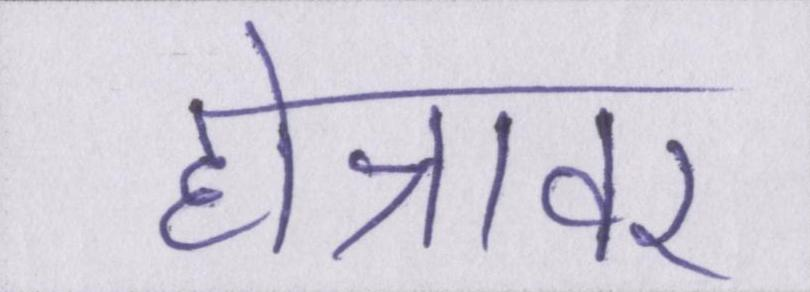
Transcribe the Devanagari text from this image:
होन्नावर